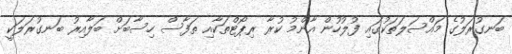
ބަނގުރަލުގެ މައްސަލަތަކުގައި ފުލުހުން އާންމު ކުރާ ރިޕޯޓްތަކާއި ތަފާސް ހިސާބަށް ބަލާއިރު ބަނގުރަލަކީ